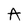
Character: A